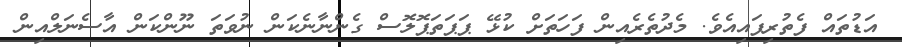
އަޑުތައް ފެތުރިފައިއެވެ. މެދުތެރެއިން ފަހަތަށް ކުޅޭ ޕަޕަތަޕޮލޮސް ގެންނާނެކަން ނުވަތަ ނޫންކަން އާސެނަލްއިން